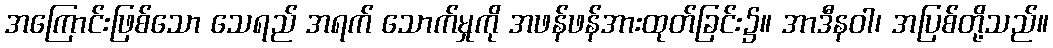
အကြောင်းဖြစ်သော သေရည် အရက် သောက်မှုကို အဖန်ဖန်အားထုတ်ခြင်း၌။ အာဒီနဝါ၊ အပြစ်တို့သည်။